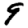
Digit: 9